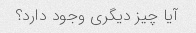
آیا چیز دیگری وجود دارد؟